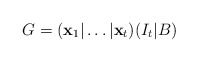
\begin{align*}G=(\mathbf{x}_1|\dots|\mathbf{x}_t)(I_t|B)\end{align*}